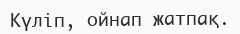
Күлiп, ойнап жатпақ.